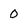
Character: 0